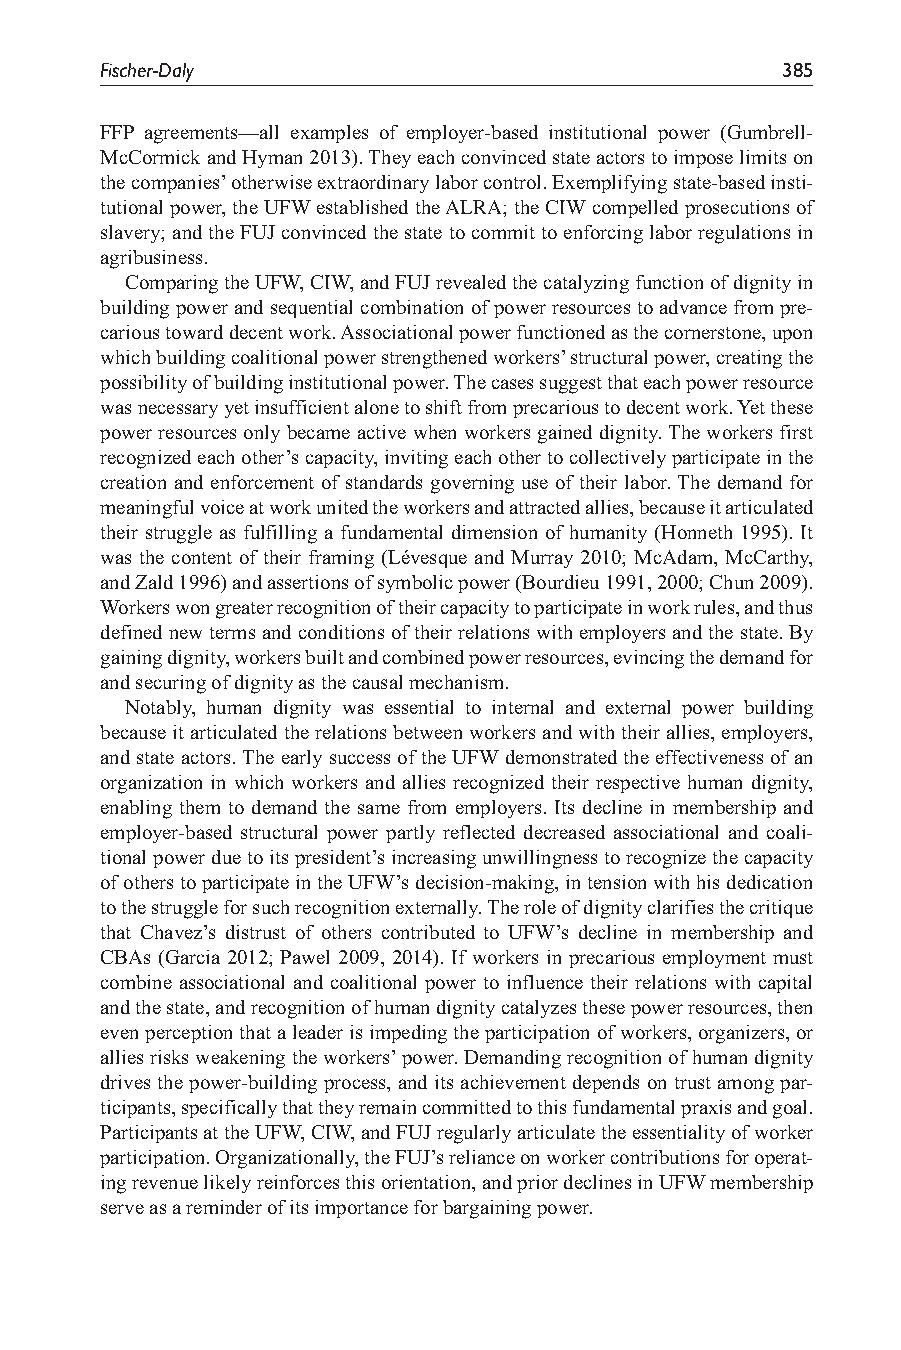
Fischer-Daly                                 385
 FFP agreements—all examples of employer-based institutional power (Gumbrell-
 McCormick and Hyman 2013). They each convinced state actors to impose limits on
 the companies’ otherwise extraordinary labor control. Exemplifying state-based insti-
 tutional power, the UFW established the ALRA; the CIW compelled prosecutions of
 slavery; and the FUJ convinced the state to commit to enforcing labor regulations in
 agribusiness.
 Comparing the UFW, CIW, and FUJ revealed the catalyzing function of dignity in
 building power and sequential combination of power resources to advance from pre-
 carious toward decent work. Associational power functioned as the cornerstone, upon
 which building coalitional power strengthened workers’ structural power, creating the
 possibility of building institutional power. The cases suggest that each power resource
 was necessary yet insufficient alone to shift from precarious to decent work. Yet these
 power resources only became active when workers gained dignity. The workers first
 recognized each other’s capacity, inviting each other to collectively participate in the
 creation and enforcement of standards governing use of their labor. The demand for
 meaningful voice at work united the workers and attracted allies, because it articulated
 their struggle as fulfilling a fundamental dimension of humanity (Honneth 1995). It
 was the content of their framing (Lévesque and Murray 2010; McAdam, McCarthy,
 and Zald 1996) and assertions of symbolic power (Bourdieu 1991, 2000; Chun 2009).
 Workers won greater recognition of their capacity to participate in work rules, and thus
 defined new terms and conditions of their relations with employers and the state. By
 gaining dignity, workers built and combined power resources, evincing the demand for
 and securing of dignity as the causal mechanism.
 Notably, human dignity was essential to internal and external power building
 because it articulated the relations between workers and with their allies, employers,
 and state actors. The early success of the UFW demonstrated the effectiveness of an
 organization in which workers and allies recognized their respective human dignity,
 enabling them to demand the same from employers. Its decline in membership and
 employer-based structural power partly reflected decreased associational and coali-
 tional power due to its president’s increasing unwillingness to recognize the capacity
 of others to participate in the UFW’s decision-making, in tension with his dedication
 to the struggle for such recognition externally. The role of dignity clarifies the critique
 that Chavez’s distrust of others contributed to UFW’s decline in membership and
 CBAs (Garcia 2012; Pawel 2009, 2014). If workers in precarious employment must
 combine associational and coalitional power to influence their relations with capital
 and the state, and recognition of human dignity catalyzes these power resources, then
 even perception that a leader is impeding the participation of workers, organizers, or
 allies risks weakening the workers’ power. Demanding recognition of human dignity
 drives the power-building process, and its achievement depends on trust among par-
 ticipants, specifically that they remain committed to this fundamental praxis and goal.
 Participants at the UFW, CIW, and FUJ regularly articulate the essentiality of worker
 participation. Organizationally, the FUJ’s reliance on worker contributions for operat-
 ing revenue likely reinforces this orientation, and prior declines in UFW membership
 serve as a reminder of its importance for bargaining power.